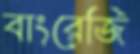
বাংরেজি